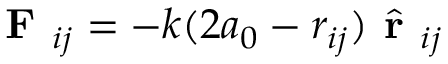
\textbf { F } _ { i j } = - k ( 2 a _ { 0 } - r _ { i j } ) \hat { \textbf { r } } _ { i j }